Document type: Inventory
Year: 1295
Scribe: Pere Marc
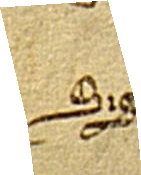
Sig